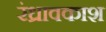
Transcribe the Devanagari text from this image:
रंध्रावकाश